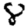
Digit: 8